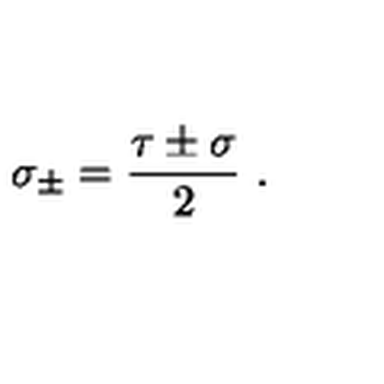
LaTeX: \sigma _ { \pm } = \frac { \tau \pm \sigma } { 2 } \ .